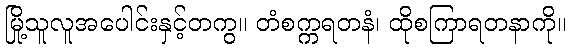
မြို့သူလူအပေါင်းနှင့်တကွ။ တံစက္ကရတနံ၊ ထိုစကြာရတနာကို။